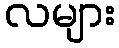
လများ